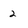
Character: 2